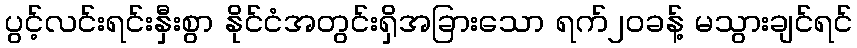
ပွင့်လင်းရင်းနှီးစွာ နိုင်ငံအတွင်းရှိအခြားသော ရက်၂၀ခန့် မသွားချင်ရင်